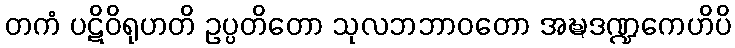
တကံ ပဋိဝိရုဟတိ ဥပ္ပတိတော သုလဘဘာဝတော အဍ္ဎဒဏ္ဍကေဟိပိ